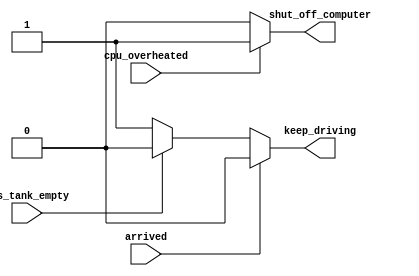
module top_module (
    input wire cpu_overheated,
    input wire arrived,
    input wire gas_tank_empty,
    output reg shut_off_computer,
    output reg keep_driving
);

    always @* begin
        // Shut off computer only if CPU is overheated
        if (cpu_overheated)
            shut_off_computer = 1;
        else
            shut_off_computer = 0;

        // Continue driving if not arrived and gas tank is not empty
        if (arrived)
            keep_driving = 0;
        else if (gas_tank_empty)
            keep_driving = 0;
        else
            keep_driving = 1;
    end
    
endmodule